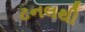
ટનલથી